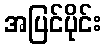
အပြင်ပိုင်း